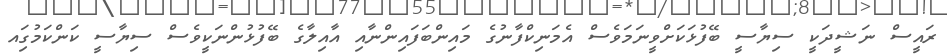
ރައީސް ނަޝީދަކީ ސިޔާސީ ބޭފުޅަކަށްވީނަމަވެސް އެމަނިކްފާނުގެ މައިންބަފައިންނާއި އާއިލާގެ ބޭފުޅުންނަކީވެސް ސިޔާސީ ކަންކަމުގަިއ